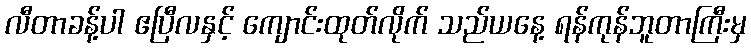
လီတာခန့်ပါ ဧပြီလနှင့် ကျောင်းထုတ်လိုက် သည်ယနေ့ ရန်ကုန်ဘူတာကြီးမှ